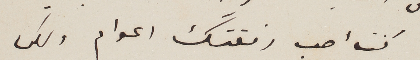
كنت احب رفقتك اعوام ولكن